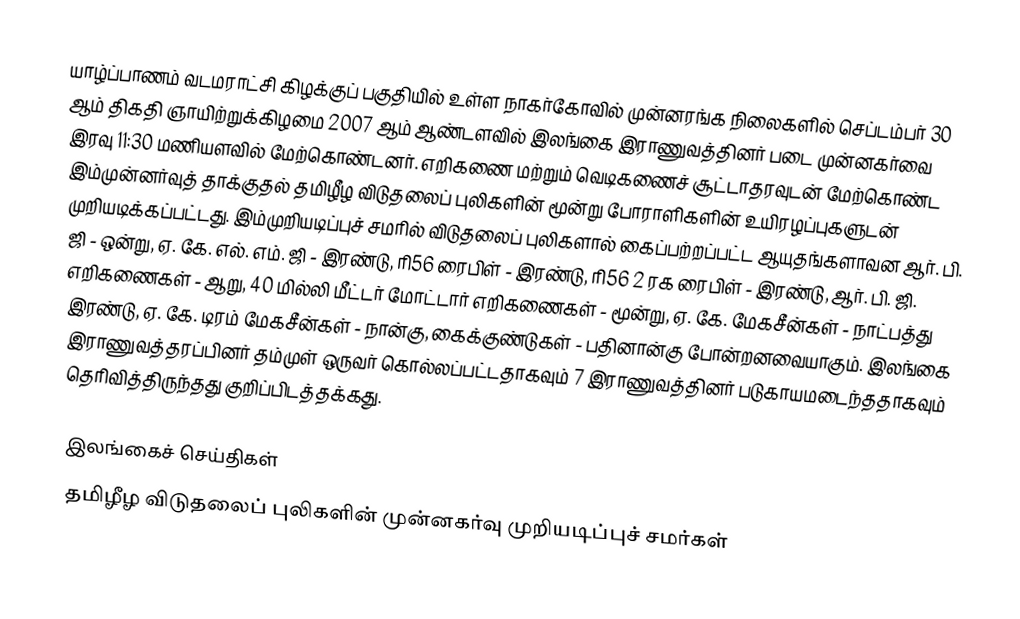
யாழ்ப்பாணம் வடமராட்சி கிழக்குப் பகுதியில் உள்ள நாகர்கோவில் முன்னரங்க நிலைகளில் செப்டம்பர் 30 ஆம் திகதி ஞாயிற்றுக்கிழமை 2007 ஆம் ஆண்டளவில் இலங்கை இராணுவத்தினர் படை முன்னகர்வை இரவு 11:30 மணியளவில் மேற்கொண்டனர். எறிகணை மற்றும் வெடிகணைச் சூட்டாதரவுடன் மேற்கொண்ட இம்முன்னர்வுத் தாக்குதல் தமிழீழ விடுதலைப் புலிகளின் மூன்று போராளிகளின் உயிரழப்புகளுடன் முறியடிக்கப்பட்டது. இம்முறியடிப்புச் சமரில் விடுதலைப் புலிகளால் கைப்பற்றப்பட்ட ஆயுதங்களாவன ஆர். பி. ஜி - ஒன்று, ஏ. கே. எல். எம். ஜி - இரண்டு, ரி56 ரைபிள் - இரண்டு, ரி56 2 ரக ரைபிள் - இரண்டு, ஆர். பி. ஜி. எறிகணைகள் - ஆறு, 40 மில்லி மீட்டர் மோட்டார் எறிகணைகள் - மூன்று, ஏ. கே. மேகசீன்கள் - நாட்பத்து இரண்டு, ஏ. கே. டிரம் மேகசீன்கள் - நான்கு, கைக்குண்டுகள் - பதினான்கு போன்றனவையாகும். இலங்கை இராணுவத்தரப்பினர் தம்முள் ஒருவர் கொல்லப்பட்டதாகவும் 7 இராணுவத்தினர் படுகாயமடைந்ததாகவும் தெரிவித்திருந்தது குறிப்பிடத்தக்கது.

இலங்கைச் செய்திகள்
தமிழீழ விடுதலைப் புலிகளின் முன்னகர்வு முறியடிப்புச் சமர்கள்